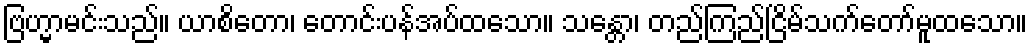
ဗြဟ္မာမင်းသည်။ ယာစိတော၊ တောင်းပန်အပ်ထသော။ သန္တော၊ တည်ကြည်ငြိမ်သက်တော်မူထသော။